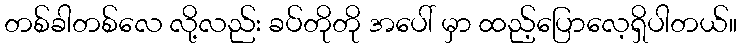
တစ်ခါတစ်လေ လို့လည်း ခပ်တိုတို အပေါ် မှာ ထည့်ပြောလေ့ရှိပါတယ်။